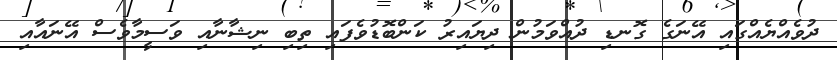
ދުވެއްޔެއްގައި އޭނަގެ ގޮނޑި ދުއްވަމުން ދިޔައިރު ކަންބޮޑުވެފައި ތިބި ނިޝާނާއި ވަސީމާވެސް އޭނައާއި